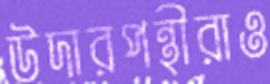
উদারপন্থীরাও